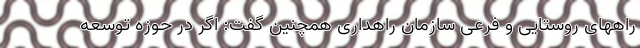
راههای روستایی و فرعی سازمان راهداری همچنین گفت: اگر در حوزه توسعه